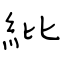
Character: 紕